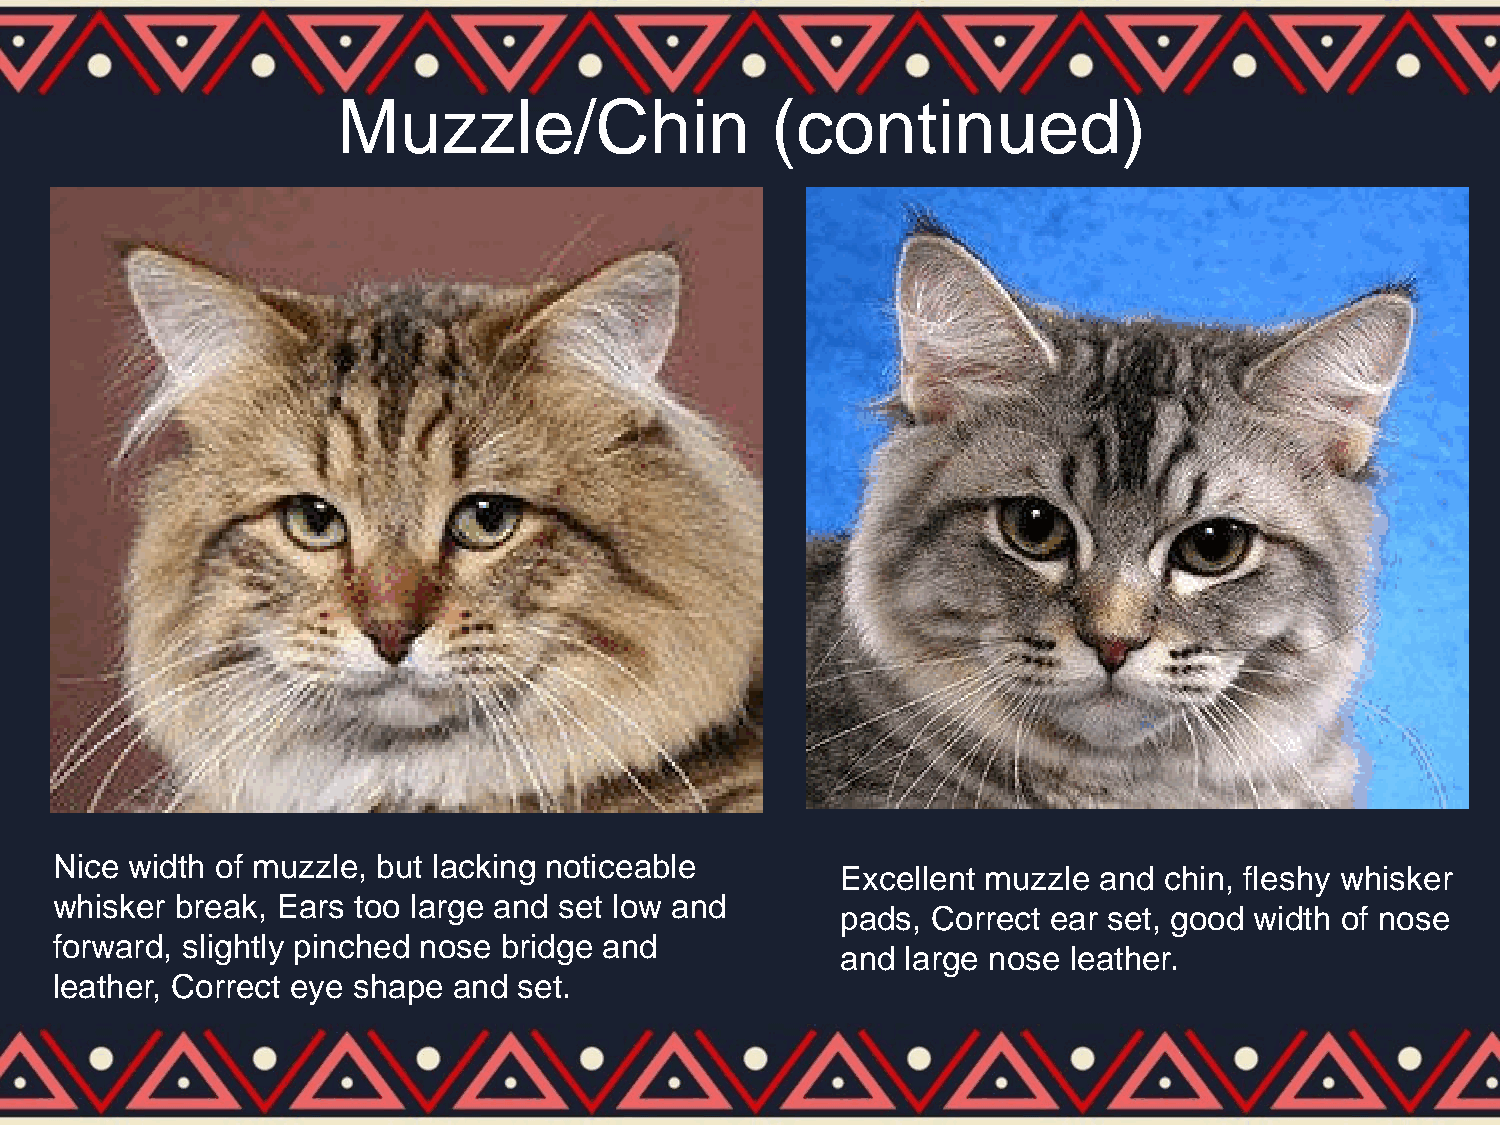
Muzzle/Chin                  (continued)
 Nice width of muzzle, but lacking noticeable
 Excellent muzzle and chin, fleshy whisker
 whisker  break, Ears too large and set low and
 pads, Correct ear set, good width of nose
 forward, slightly pinched nose bridge and
 and large nose leather.
 leather, Correct eye shape and set.